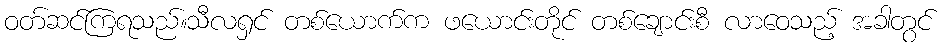
ဝတ်ဆင်ကြရသည်။သီလရှင် တစ်ယောက်က ဖယောင်းတိုင် တစ်ချောင်းစီ လာဝေသည့် အခါတွင်